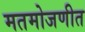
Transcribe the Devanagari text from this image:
मतमोजणीत